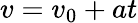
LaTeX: v=v_{0}+at